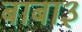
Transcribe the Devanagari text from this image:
बाबा३